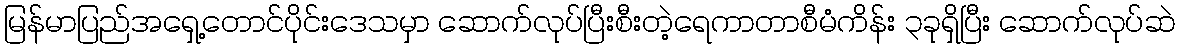
မြန်မာပြည်အရှေ့တောင်ပိုင်းဒေသမှာ ဆောက်လုပ်ပြီးစီးတဲ့ရေကာတာစီမံကိန်း ၃ခုရှိပြီး ဆောက်လုပ်ဆဲ